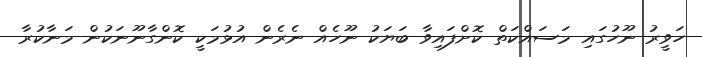
ހަވީރު ނޫހުގައި މަސައްކަތް ކޮށްފައިވާ ބަޔަކު ނޫހެއް ނެރެން އުޅުމަކީ ކޮންގާނޫނަކުން މަނާކުރާ